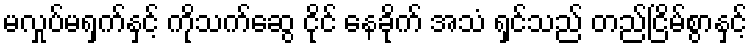
မလှုပ်မရှက်နှင့် ကိုသက်ဆွေ ငိုင် နေခိုက် အသံ ရှင်သည် တည်ငြိမ်စွာနှင့်